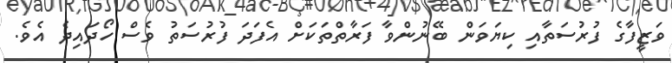
ވަޒީފާގެ ފުރުސަތާއި ކިޔަވަން ބޭނުންވާ ފަރާތްތަކަށް އެފަދަ ފުރުސަތު ވެސް ހޯދައިދެ އެވެ.